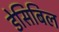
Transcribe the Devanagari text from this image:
डेसिबिल